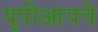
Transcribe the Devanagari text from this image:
यूपीआयचे